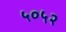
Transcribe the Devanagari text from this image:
५०५२